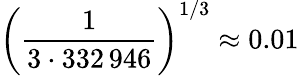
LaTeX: \left({\frac{1}{3\cdot 332\, 946}}\right)^{1/3}\approx 0.01